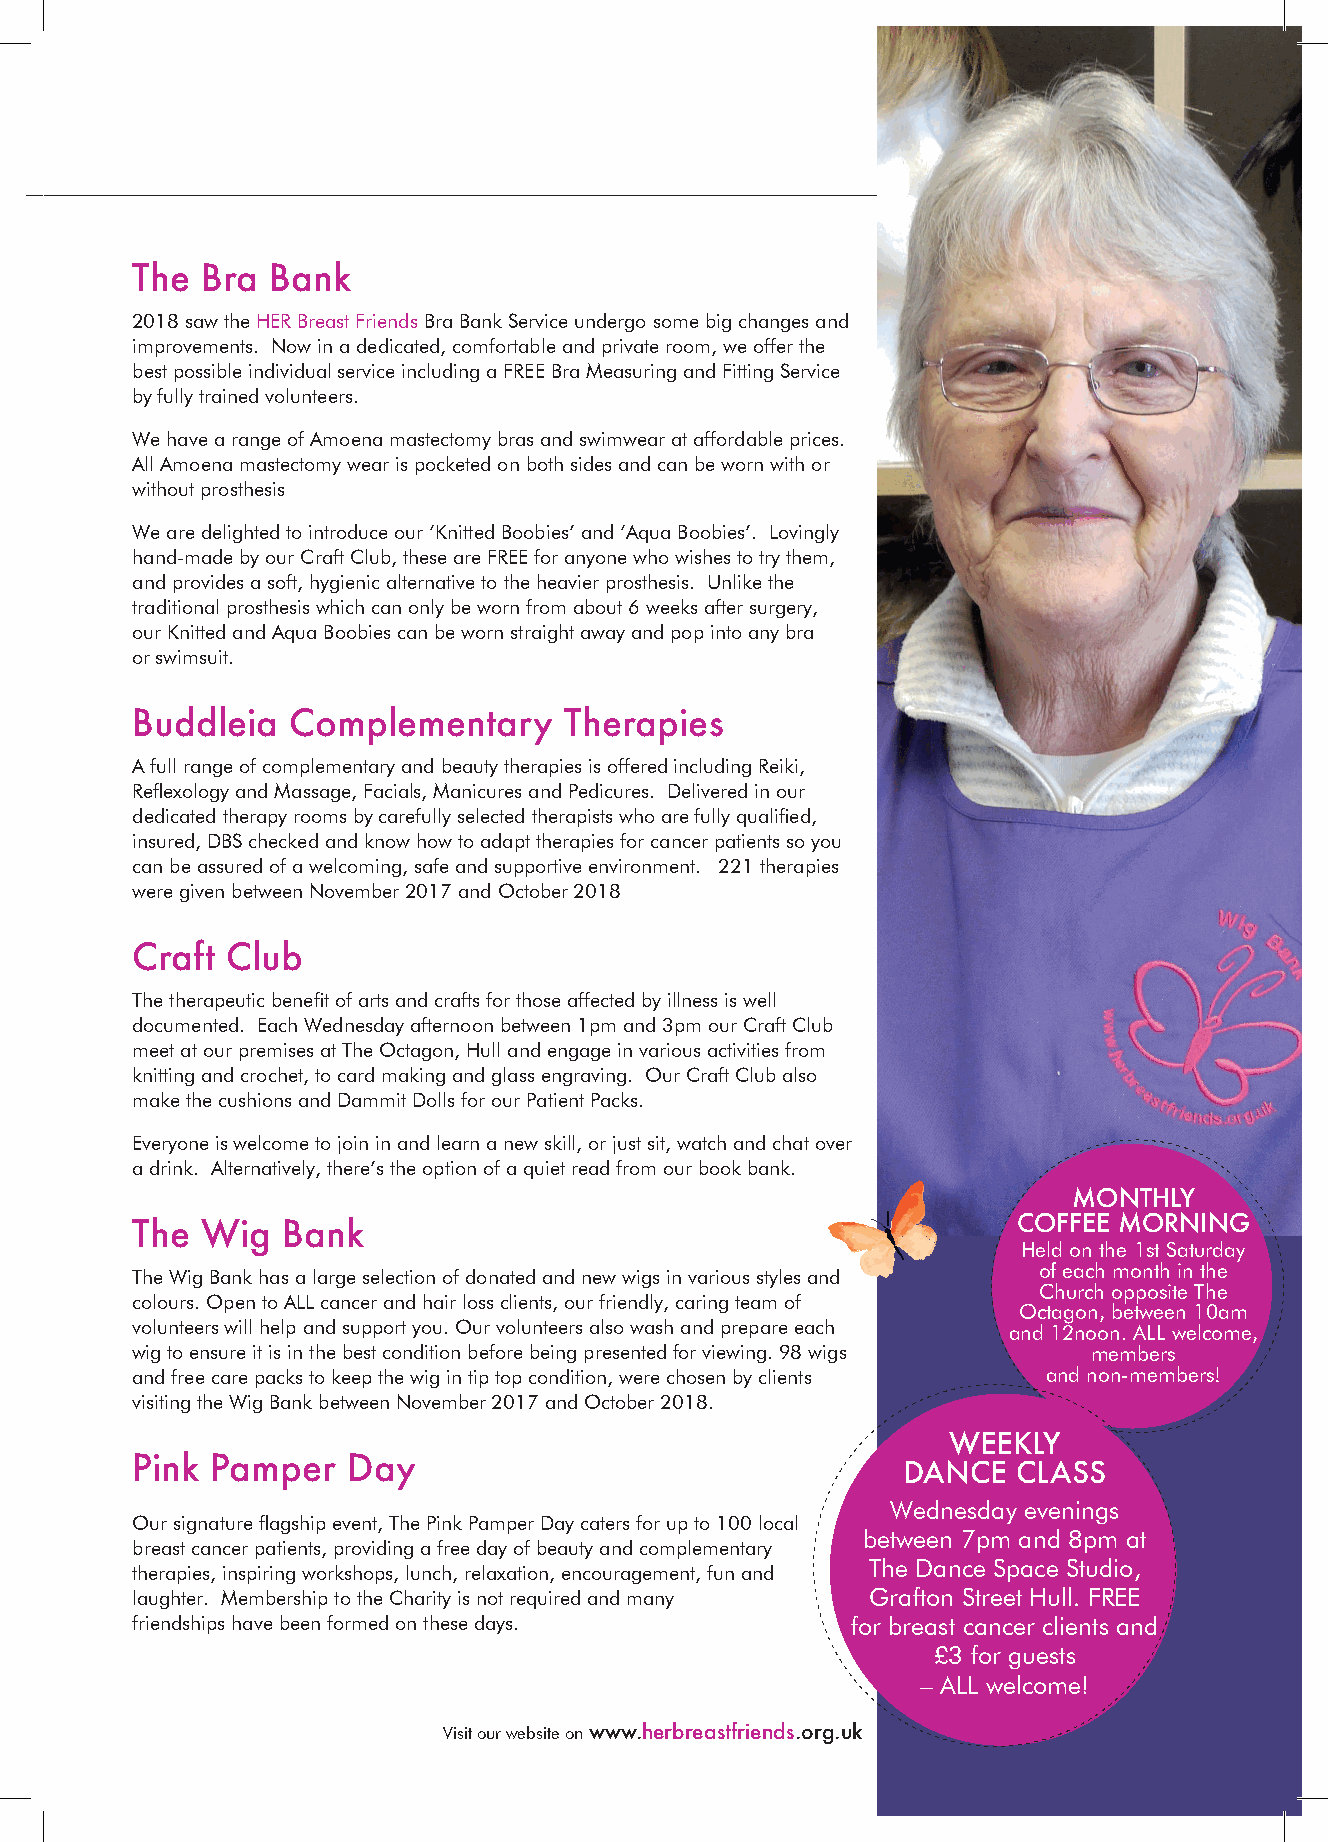
The Bra  Bank
 2018 saw the HER Breast Friends Bra Bank Service undergo some big changes and
 improvements. Now in a dedicated, comfortable and private room, we offer the
 best possible individual service including a FREE Bra Measuring and Fitting Service
 by fully trained volunteers.
 We have a range of Amoena mastectomy bras and swimwear at affordable prices.
 All Amoena mastectomy wear is pocketed on both sides and can be worn with or
 without prosthesis
 We are delighted to introduce our ‘Knitted Boobies’ and ‘Aqua Boobies’. Lovingly
 hand-made by our Craft Club, these are FREE for anyone who wishes to try them,
 and provides a soft, hygienic alternative to the heavier prosthesis. Unlike the
 traditional prosthesis which can only be worn from about 6 weeks after surgery,
 our Knitted and Aqua Boobies can be worn straight away and pop into any bra
 or swimsuit.
 Buddleia  Complementary     Therapies
 A full range of complementary and beauty therapies is offered including Reiki,
 Reflexology and Massage, Facials, Manicures and Pedicures. Delivered in our
 dedicated therapy rooms by carefully selected therapists who are fully qualified,
 insured, DBS checked and know how to adapt therapies for cancer patients so you
 can be assured of a welcoming, safe and supportive environment. 221 therapies
 were given between November 2017 and October 2018
 Craft Club
 The therapeutic benefit of arts and crafts for those affected by illness is well
 documented. Each Wednesday afternoon between 1pm and 3pm our Craft Club
 meet at our premises at The Octagon, Hull and engage in various activities from
 knitting and crochet, to card making and glass engraving. Our Craft Club also
 make the cushions and Dammit Dolls for our Patient Packs.
 Everyone is welcome to join in and learn a new skill, or just sit, watch and chat over
 a drink. Alternatively, there’s the option of a quiet read from our book bank.
 MONTHLY
 COFFEE MORNING
 The Wig   Bank
 Held on the 1st Saturday
 of each month in the
 The Wig Bank has a large selection of donated and new wigs in various styles and
 Church opposite The
 colours. Open to ALL cancer and hair loss clients, our friendly, caring team of
 Octagon, between 10am
 volunteers will help and support you. Our volunteers also wash and prepare each and 12noon. ALL welcome,
 wig to ensure it is in the best condition before being presented for viewing. 98 wigs members
 and free care packs to keep the wig in tip top condition, were chosen by clients and non-members!
 visiting the Wig Bank between November 2017 and October 2018.
 WEEKLY
 Pink Pamper   Day
 DANCE  CLASS
 Wednesday evenings
 Our signature flagship event, The Pink Pamper Day caters for up to 100 local
 between 7pm and 8pm at
 breast cancer patients, providing a free day of beauty and complementary
 The Dance Space Studio,
 therapies, inspiring workshops, lunch, relaxation, encouragement, fun and
 laughter. Membership to the Charity is not required and many Grafton Street Hull. FREE
 friendships have been formed on these days.    for breast cancer clients and
 £3 for guests
 – ALL welcome!
 Visit our website on www.herbreastfriends.org.uk